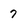
Character: 7